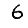
Digit: 6